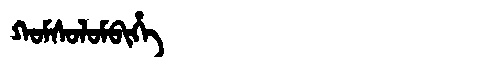
Manchu: ᡴᠣᠮᠰᠣᠯᠣᠮᠪᡳᡥᡝ
Romanization: KOMSOLOMBIHE